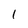
Character: 1